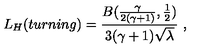
L _ { H } ( t u r n i n g ) = \frac { B ( \frac { \gamma } { 2 ( \gamma + 1 ) } , \frac 1 2 ) } { 3 ( \gamma + 1 ) \sqrt { \lambda } } \ ,